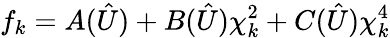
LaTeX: {f_{k}}=A(\hat{U})+B(\hat{U})\chi_{k}^{2}+C(\hat{U})\chi_{k}^{4}